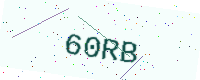
Text: 60RB